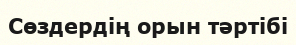
Сөздердің орын тәртібі